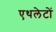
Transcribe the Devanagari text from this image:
एथलेटों